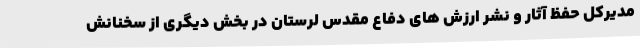
مدیرکل حفظ آثار و نشر ارزش های دفاع مقدس لرستان در بخش دیگری از سخنانش